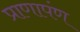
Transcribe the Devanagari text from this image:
प्राणापंण